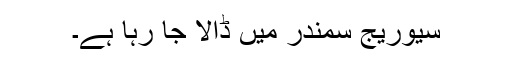
سیوریج سمندر میں ڈالا جا رہا ہے۔